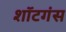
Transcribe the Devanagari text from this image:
शॉटगंस